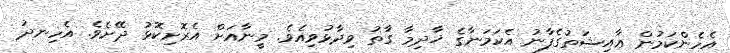
އެހެންކަމުން ޢާއިޝަތުގެފާނު އެކަމަނާގެ ޚާދިމާ ގާތު ވިދާޅުވިއެވެ. މީނާއަށް އެރޮށިކޮޅު ދޭށެވެ. އެހިނދު